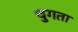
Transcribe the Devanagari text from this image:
चुगता